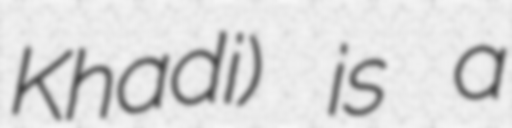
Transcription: Khadi) is a